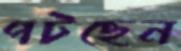
পটছেন